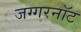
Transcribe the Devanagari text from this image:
जग्गरनॉट